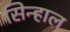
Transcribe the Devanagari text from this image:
सिन्हाल